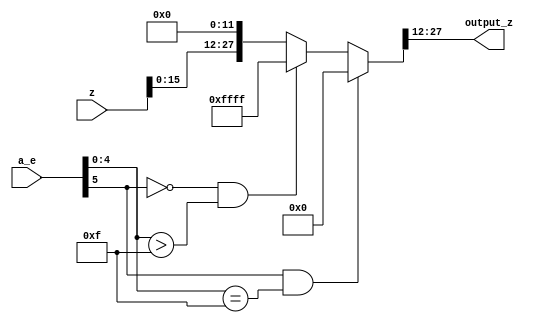
`define SIMULATION_MEMORY
//`define SIMULATION_addfp
`define VECTOR_DEPTH 64 //Q,K,V vector size
`define DATA_WIDTH 16
`define VECTOR_BITS 1024 // 16 bit each (16x64)
`define NUM_WORDS 32   //num of words in the sentence
`define BUF_AWIDTH 4 //16 entries in each buffer ram
`define BUF_LOC_SIZE 4 //4 words in each addr location
`define OUT_RAM_DEPTH 512 //512 entries in output bram
//`define EXPONENT 8
//`define MANTISSA 7
`define EXPONENT 5
`define MANTISSA 10
`define SIGN 1
`define DWIDTH (`SIGN+`EXPONENT+`MANTISSA)
`define DEFINES_DONE
`define DATAWIDTH (`SIGN+`EXPONENT+`MANTISSA)
`define IEEE_COMPLIANCE 1
`define NUM 4
`define ADDRSIZE 4

module final_out_t (
  input [27:0] z,
  input [5:0] a_e,
  output [15:0] output_z);
  
  reg [27:0] output_z_temp;

always@(a_e or z) begin
  if (a_e[5] == 1'b1 && a_e[4:0] == 5'd15) begin
		output_z_temp = 27'b0;
	end
  else if (a_e[5] == 0 && a_e[4:0] > 5'd15) begin
		output_z_temp = 27'hFFFF;
	end
	else begin
		output_z_temp = z << 12;
	end
  end
  assign output_z = output_z_temp[27:12];
endmodule